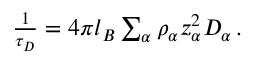
\begin{array} { r } { \frac { 1 } { \tau _ { D } } = 4 \pi l _ { B } \sum _ { \alpha } \rho _ { \alpha } z _ { \alpha } ^ { 2 } D _ { \alpha } \, . } \end{array}